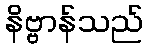
နိဗ္ဗာန်သည်